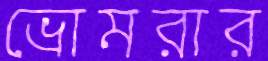
ভ্রোমরার